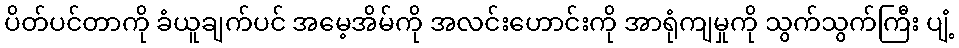
ပိတ်ပင်တာကို ခံယူချက်ပင် အမေ့အိမ်ကို အလင်းဟောင်းကို အာရုံကျမှုကို သွက်သွက်ကြီး ပျံ့